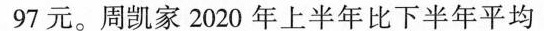
97元。周凯家2020年上半年比下半年平均